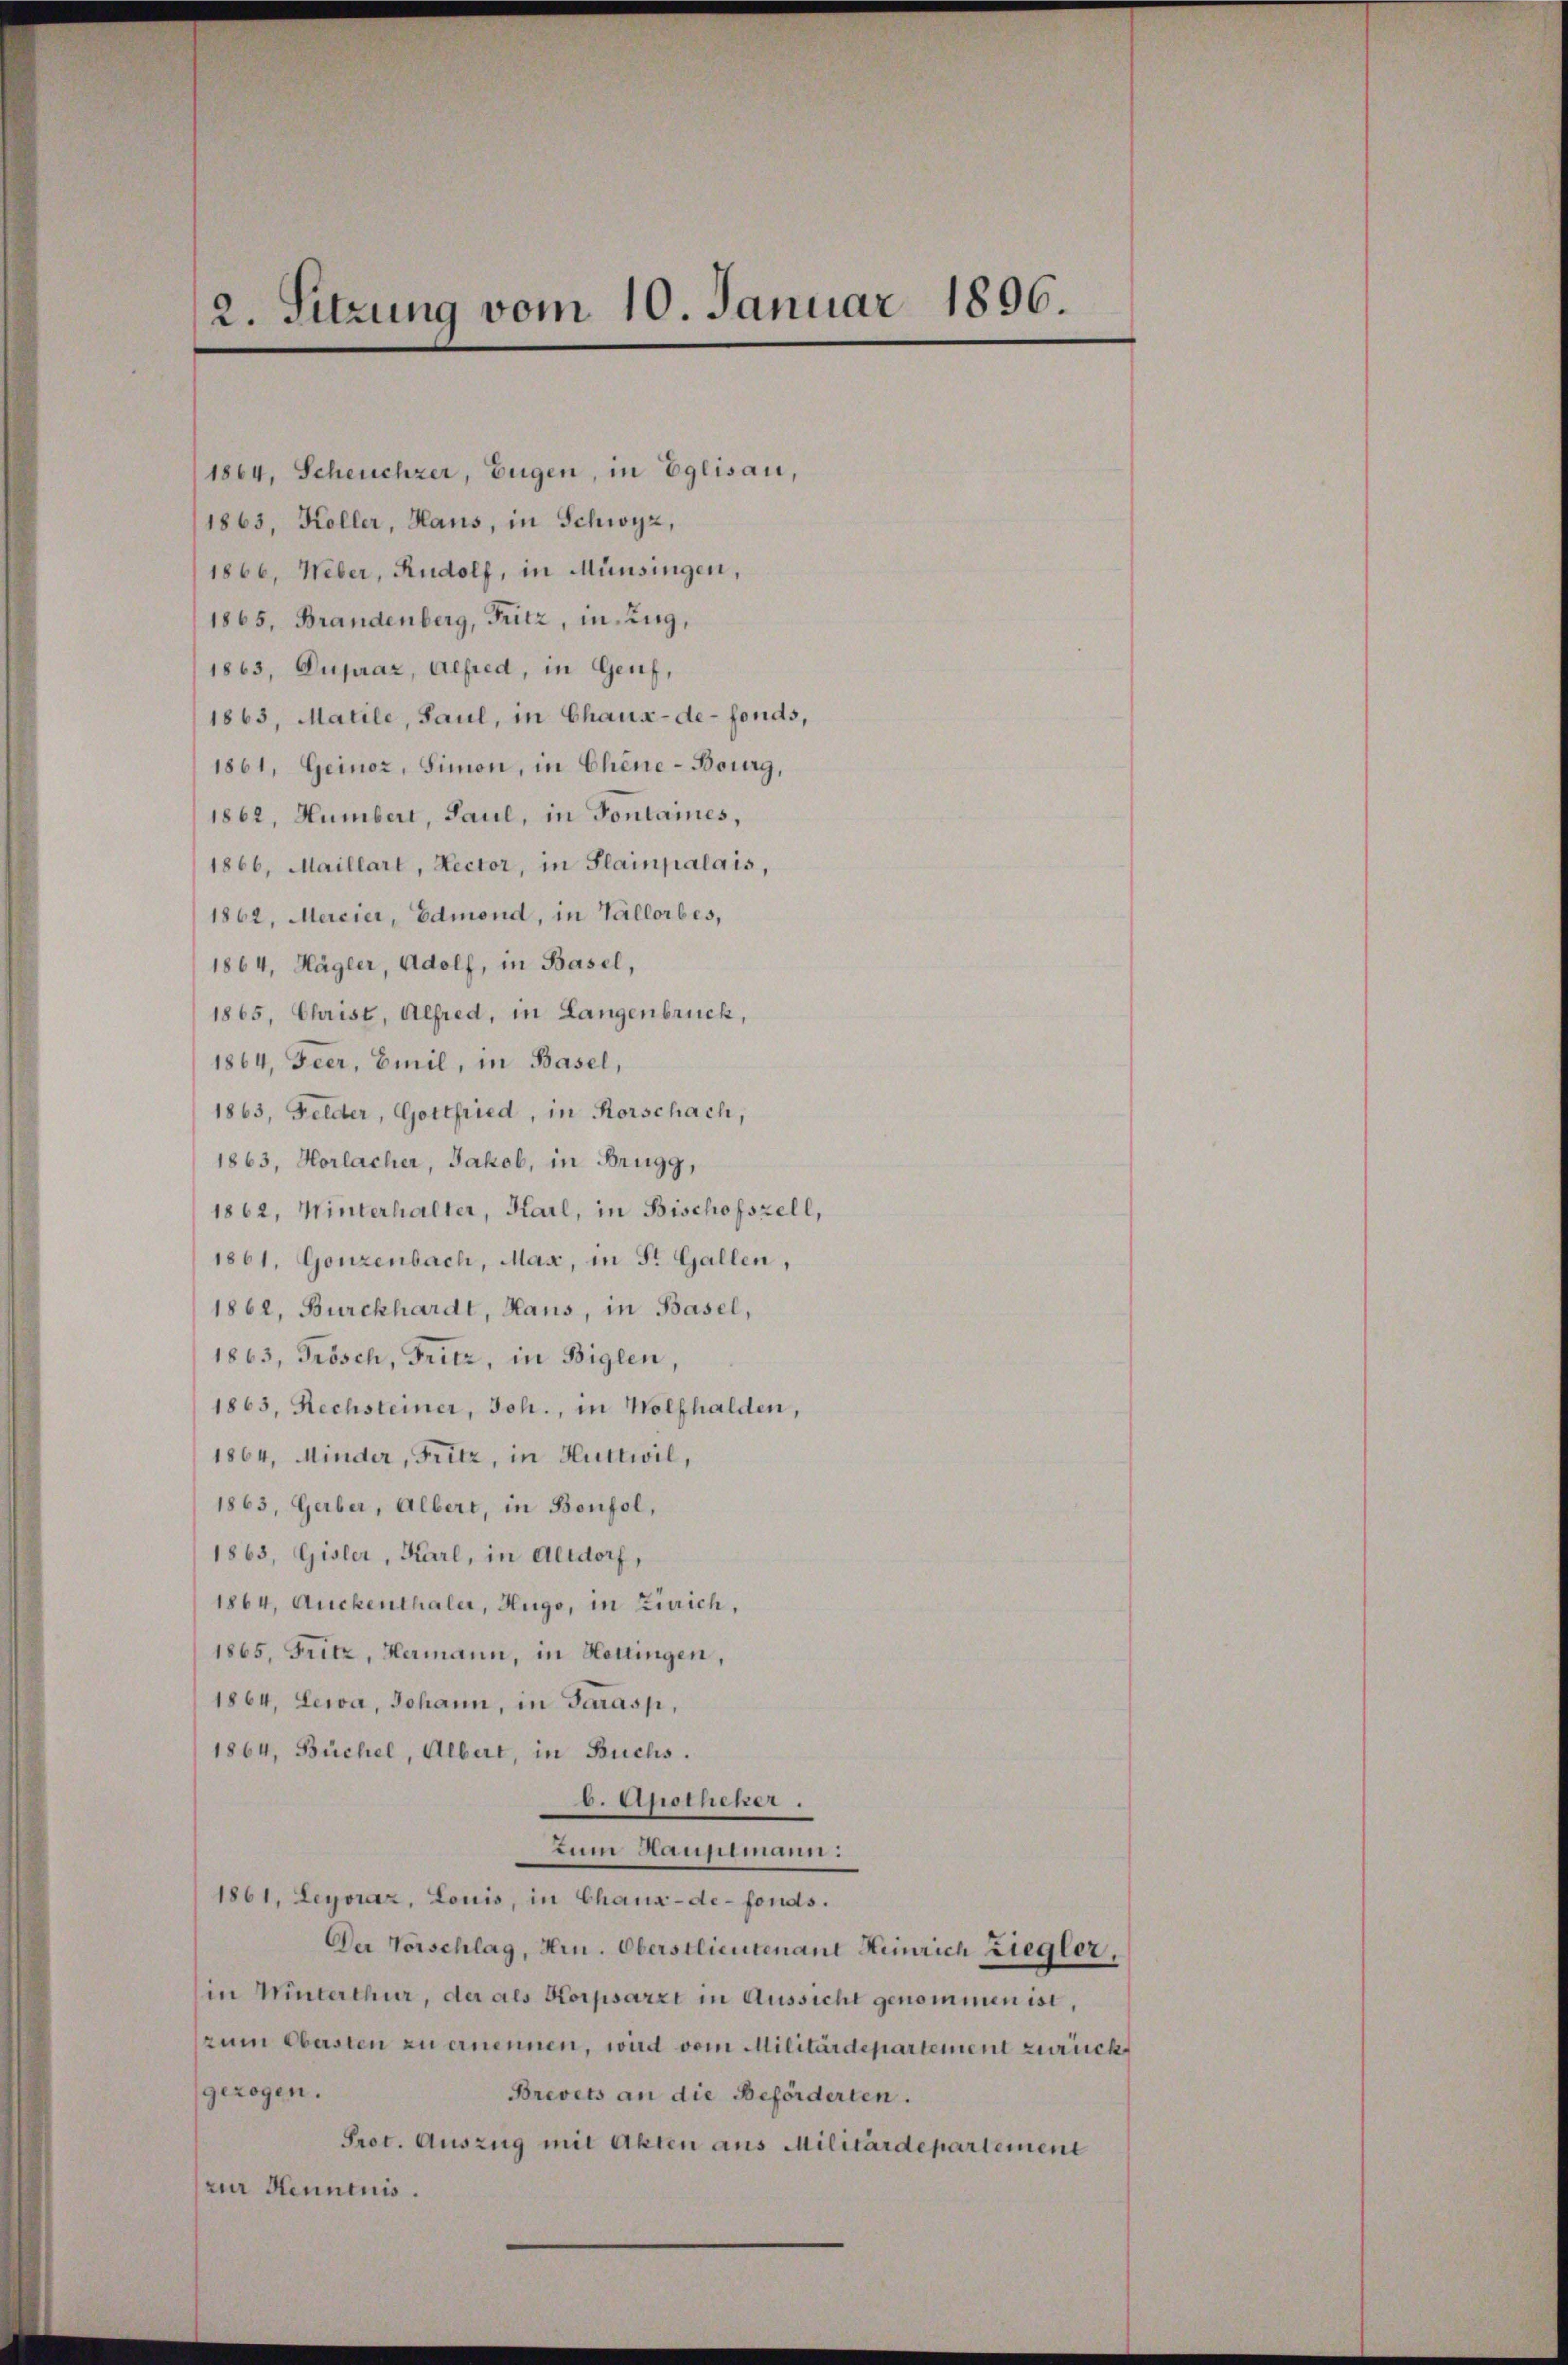
2. Sitzung vom 10. Januar 1896

(1864, Scheuchzer, Eugen, in Eglisau,
1863, Koller, Haus, in Schwyz,
1866, Weber, Rudolf, in Münsingen,
1865, Brandenberg, Fritz, m. Zug,
1863, Dupraz, Alfred, in Genf,
1863, Matile, Saul, in Chaux-de-Fonds,
1861, Geinor, Simon, in Chine-Bourg,
1862, Humbert, Paul, in Fontaines,
1866, Maillart, Rector, in Plainpalais,
1862, Mercier, Edmond, in Vallorbes,
1864, Hägler, Adolf, in Basel,
1865, Christ, Alfred, in Langenbruck,
1864, Feer, Emil, in Basel,
1863, Felder, Gottfried, in Rorschach,
1863, Horlacher, Jakob, in Brugg,
1862, Winterhalter, Karl, in Bischofszell,
1861, Gonzenbach, Max, in St. Gallen,
1862, Burckhardt, Haus, in Basel,
1863, Grosch, Fritz, in Biglen,
1863, Rechsteiner, Joh., in Wolfhalden,
1864, Minder, Fritz, in Huttwil,
1863, Gerber, Albert, in Bonfol,
1863, Gisler, Karl, in Altdorf,
1864, Auckenthaler, Hugo, in Zürich,
1865, Fritz, Hermann, in Hottingen,
1864, Lewa, Johann, in Sarasp,
1864, Büchel, Albert, in Buchs.
b. Apotheker.
zum Hauptmann:
1861, Leyoraz, Louis, in Chaux-de-fonds.
Der Vorschlag, Hrn. Oberstlieutenant Heinrich Ziegler,
in Winterthur, der als Korpsarzt in Aussicht genommen ist,
zum Obersten zu ernennen, wird vom Militärdepartement zurückgezogen.
Brevets an die Beförderten.
Prot. Auszug mit Akten aus Militärdepartement
zur Henntnis.